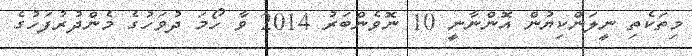
މިތަކެތި ނީލަންކިޔުން އޮންނާނީ 10 ނޮވެންބަރު 2014 ވާ ހޯމަ ދުވަހުގެ މެންދުރުފަހުގެ